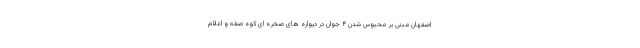
اصفهان مبنی بر محبوس شدن ۴ جوان در دیواره های صخره ای کوه صفه و اعلام